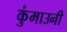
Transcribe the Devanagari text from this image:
कुंमाउनी